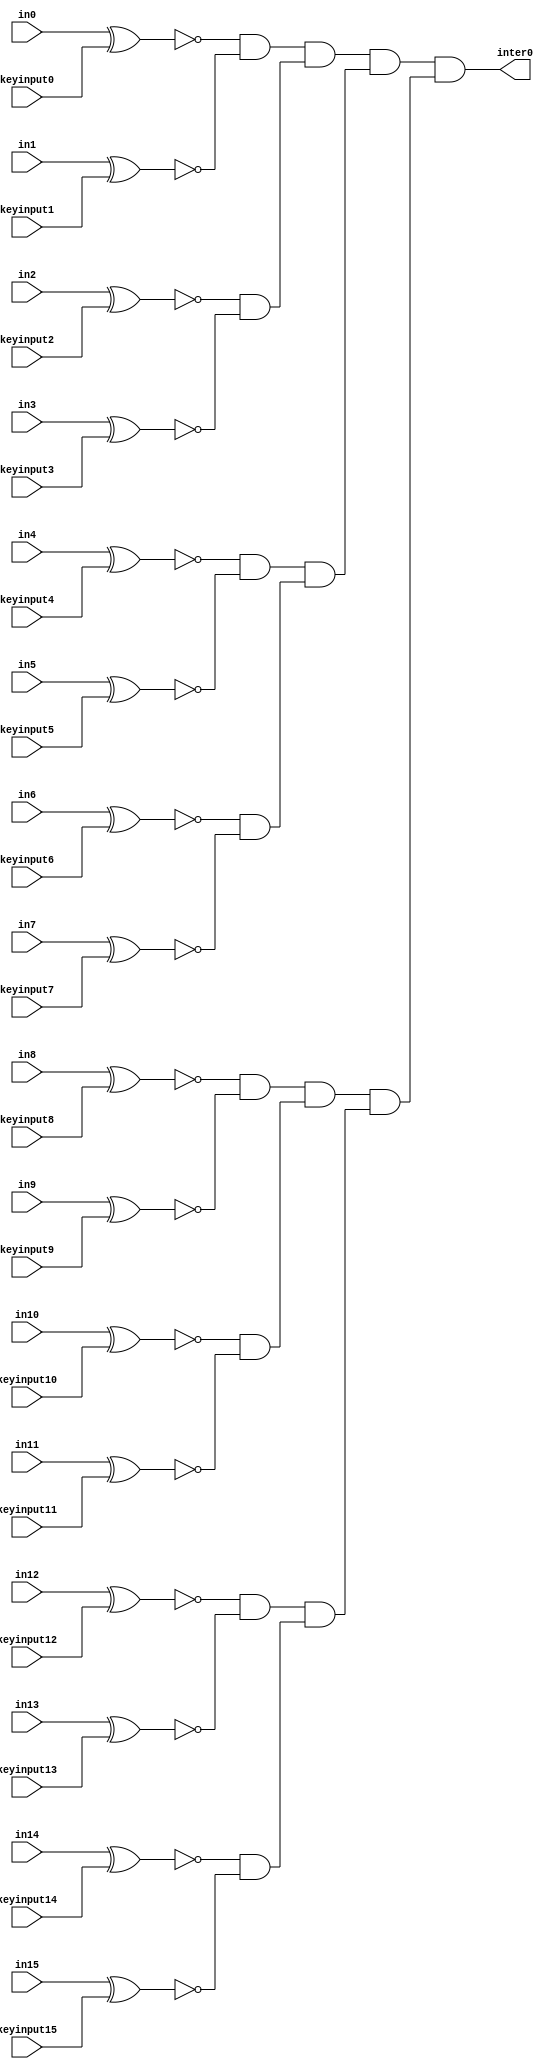
// Verilog File 
module cir (inter0 , in0 , keyinput0 , in1 , keyinput1 , in2 , keyinput2 , in3 , 
keyinput3 , in4 , keyinput4 , in5 , keyinput5 , in6 , keyinput6 , in7 , keyinput7 , in8 , 
keyinput8 , in9 , keyinput9 , in10 , keyinput10 , in11 , keyinput11 , in12 , keyinput12 , in13 , 
keyinput13 , in14 , keyinput14 , in15 , keyinput15 ) ;

input in0 , keyinput0 , in1 , keyinput1 , in2 , keyinput2 , in3 , keyinput3 , 
in4 , keyinput4 , in5 , keyinput5 , in6 , keyinput6 , in7 , keyinput7 , in8 , keyinput8 , 
in9 , keyinput9 , in10 , keyinput10 , in11 , keyinput11 , in12 , keyinput12 , in13 , keyinput13 , 
in14 , keyinput14 , in15 , keyinput15 ;

output inter0 ;

wire in0xor , in1xor , in2xor , in3xor , in4xor , in5xor , in6xor , in7xor , 
in8xor , in9xor , in10xor , in11xor , in12xor , in13xor , in14xor , in15xor , inter14 , inter13 , 
inter12 , inter11 , inter10 , inter9 , inter8 , inter7 , inter6 , inter5 , inter4 , inter3 , 
inter2 , inter1 ;

and andgate14(inter14 , in0xor , in1xor ) ;
and andgate13(inter13 , in2xor , in3xor ) ;
and andgate12(inter12 , in4xor , in5xor ) ;
and andgate11(inter11 , in6xor , in7xor ) ;
and andgate10(inter10 , in8xor , in9xor ) ;
and andgate9(inter9 , in10xor , in11xor ) ;
and andgate8(inter8 , in12xor , in13xor ) ;
and andgate7(inter7 , in14xor , in15xor ) ;
and andgate6(inter6 , inter14 , inter13 ) ;
and andgate5(inter5 , inter12 , inter11 ) ;
and andgate4(inter4 , inter10 , inter9 ) ;
and andgate3(inter3 , inter8 , inter7 ) ;
and andgate2(inter2 , inter6 , inter5 ) ;
and andgate1(inter1 , inter4 , inter3 ) ;
and andgate0(inter0 , inter2 , inter1 ) ;
xnor xor_0(in0xor , in0 , keyinput0 ) ;
xnor xor_1(in1xor , in1 , keyinput1 ) ;
xnor xor_2(in2xor , in2 , keyinput2 ) ;
xnor xor_3(in3xor , in3 , keyinput3 ) ;
xnor xor_4(in4xor , in4 , keyinput4 ) ;
xnor xor_5(in5xor , in5 , keyinput5 ) ;
xnor xor_6(in6xor , in6 , keyinput6 ) ;
xnor xor_7(in7xor , in7 , keyinput7 ) ;
xnor xor_8(in8xor , in8 , keyinput8 ) ;
xnor xor_9(in9xor , in9 , keyinput9 ) ;
xnor xor_10(in10xor , in10 , keyinput10 ) ;
xnor xor_11(in11xor , in11 , keyinput11 ) ;
xnor xor_12(in12xor , in12 , keyinput12 ) ;
xnor xor_13(in13xor , in13 , keyinput13 ) ;
xnor xor_14(in14xor , in14 , keyinput14 ) ;
xnor xor_15(in15xor , in15 , keyinput15 ) ;
endmodule